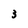
Character: 3